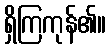
ရှိကြကုန်၏။